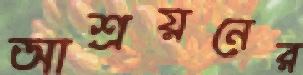
আশ্রয়নের